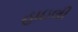
હાઇલી